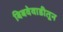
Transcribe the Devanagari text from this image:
बिबवेवाडीतून